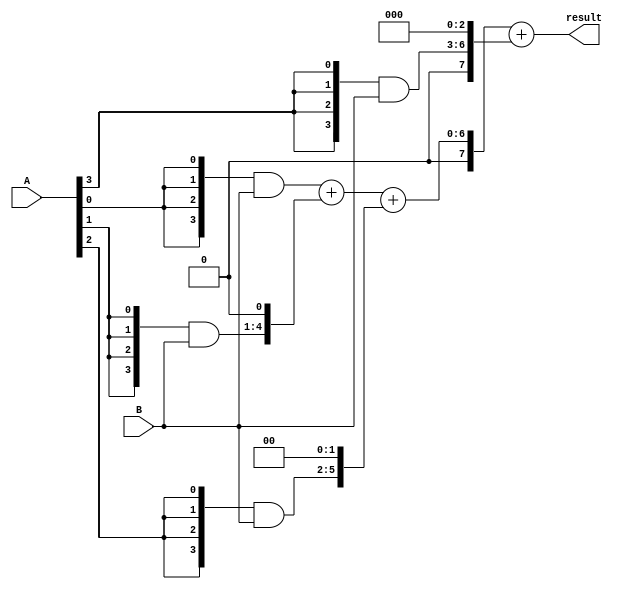
module Multiplier_4bit(
input [3:0] A,B,
output [7:0] result
);
wire [7:0] M [3:0];
wire [7:0] S [1:0];
assign M[0]=({4{A[0]}})&B[3:0];
assign M[1]=({4{A[1]}})&B[3:0];
assign M[2]=({4{A[2]}})&B[3:0];
assign M[3]=({4{A[3]}})&B[3:0];
assign S[0]=(M[0])+(M[1]<<1);
assign S[1]=(S[0])+(M[2]<<2);
assign result=(S[1])+(M[3]<<3);
endmodule